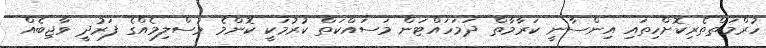
ހުރްމަތްތެރިކޮށްހިތައި އިންސާނީ ކަރާމާތް ދަމަހައްޓަން މަސައްކަތް ކުރުމަކީ ކޮންމެ މުސްލިމެއްގެ ފަރުދީ ވާޖިބެއް